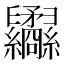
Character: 𦈇